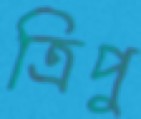
ত্রিপু